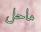
ماحل